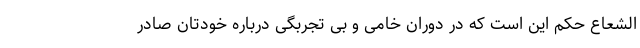
الشعاع حکم این است که در دوران خامی و بی تجربگی درباره خودتان صادر